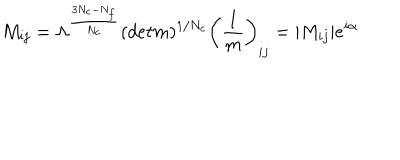
M _ { i j } = \Lambda ^ { { \frac { 3 N _ { c } - N _ { f } } { N _ { c } } } } ( d e t m ) ^ { 1 / N _ { c } } \left( { \frac { 1 } { m } } \right) _ { i j } = | M _ { i j } | e ^ { i \alpha } ~ ~ ~